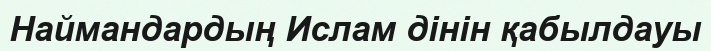
Наймандардың Ислам дінін қабылдауы